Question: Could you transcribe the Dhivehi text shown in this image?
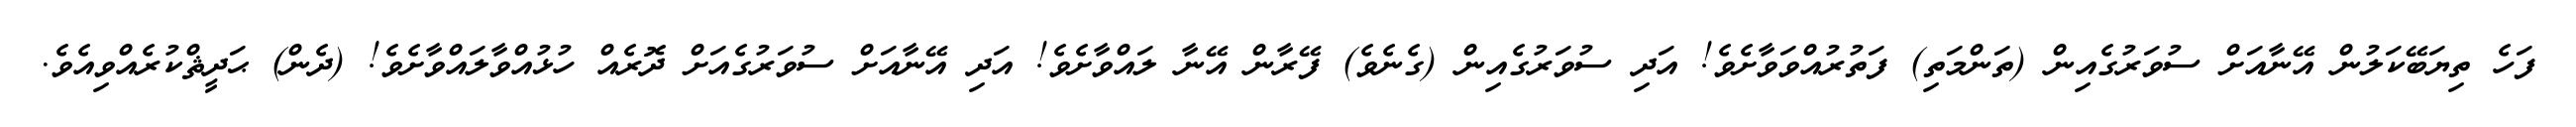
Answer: ފަހެ ތިޔަބޭކަލުން އޭނާއަށް ސުވަރުގެއިން (ތަންމަތި) ފަތުރުއްވަވާށެވެ! އަދި ސުވަރުގެއިން (ގެނެވެ) ފޭރާން އޭނާ ލައްވާށެވެ! އަދި އޭނާއަށް ސުވަރުގެއަށް ދޮރެއް ހުޅުއްވާލައްވާށެވެ! (ދެން) ޙަދީޘްކުރެއްވިއެވެ.